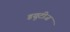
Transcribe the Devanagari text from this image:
डयूटीज